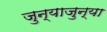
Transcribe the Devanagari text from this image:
जुन्याजुन्या